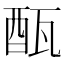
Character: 𨠛